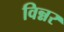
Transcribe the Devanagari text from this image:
विन्नर